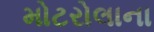
મોટરોલાના